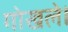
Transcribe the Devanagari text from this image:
गोखले।